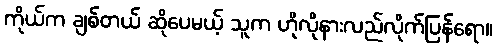
ကိုယ်က ချစ်တယ် ဆိုပေမယ့် သူက ဟိုလိုနားလည်လိုက်ပြန်ရော။